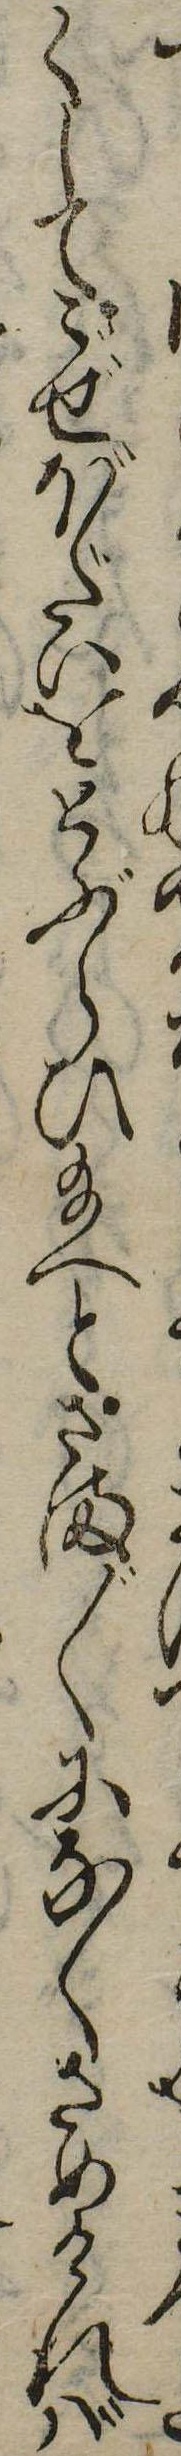
くしてごぜぼだいをとぶらひ給へとさま〲になくさめければ